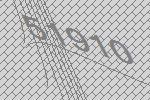
51910